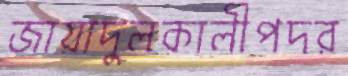
জায়াদুলকালীপদর